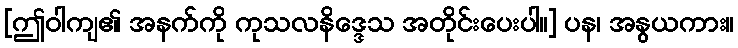
[ဤဝါကျ၏ အနက်ကို ကုသလနိဒ္ဒေသ အတိုင်းပေးပါ။] ပန၊ အနွယကား။